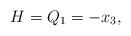
LaTeX: \begin{align*}H=Q_1=-x_3,\end{align*}